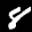
Label: 8